Indian journal of veterinary science and animal husbandry - Volumes 24-25, 1954-1955
Year: 1954
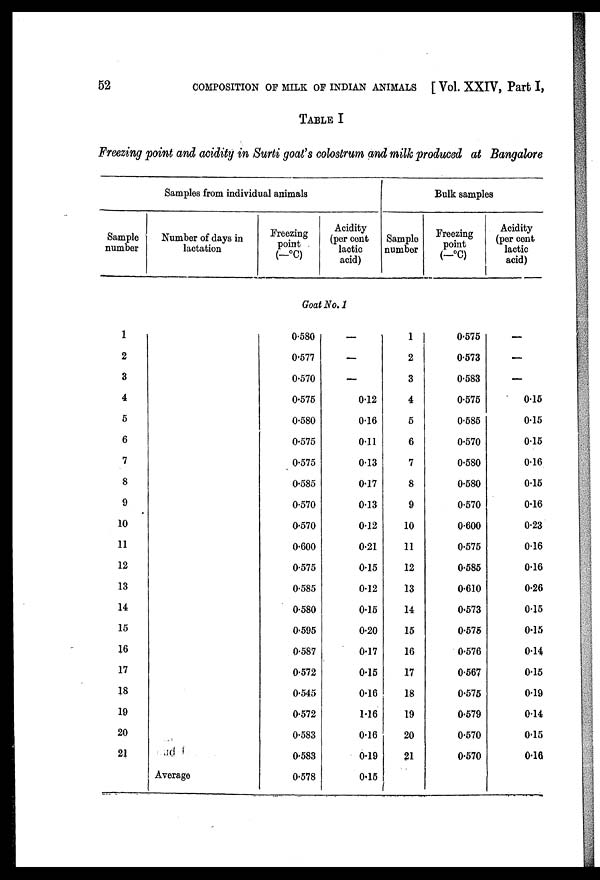
52
COMPOSITION OF MILK OF INDIAN ANIMALS [ Vol. XXIV, Part I,
TABLE I
Freezing point and acidity in Surti goat's colostrum and milk produced at Bangalore
Sample
number
1
2
3
4
5
6
7
8
9
10
11
12
13
14
15
16
17
18
19
20
21
Samples from individual animals
Number of days in
lactation
Average
Freezing
point
(-°C)
Acidity
(percent
lactic
acid)
Goat No. 1
0 .580
0 .577
0 .570
0 .575
0 .580
0 .575
0.575
0.585
0.570
0.570
0.600
0.575
0.585
0.580
0.595
0.587
0.572
0.545
0.572
0.583
0.583
0.578
—
—
—
0.12
0.16
0.11
0.13
017
0.13
0.12
0.21
0.15
0.12
0.15
0.20
0.17
0.15
0.16
1.16
0.16
0.19
0.15
Sample
number
1
2
3
4
5
6
7
8
9
10
11
12
13
14
15
16
17
18
19
20
21
Bulk samples
Freezing
point
(—°C)
0.575
0.573
0.583
0.575
0.585
0.570
0.580
0.580
0.570
0.600
0.575
0.585
0.610
0.573
0.575
0.576
0.567
0.575
0.579
0.570
0.570
Acidity
(per cent
lactic
acid)
—
—
—
0.15
0.15
0.15
0.16
0.15
0.16
0.23
0.16
0.16
0.26
0.15
0.15
0.14
0.15
0.19
0.14
0.15
0.16